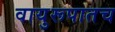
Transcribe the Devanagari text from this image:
वायुरूपातच